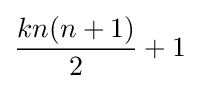
{\frac {kn(n+1)}{2}}+1